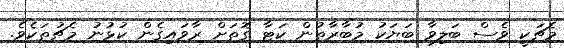
މެޗަކީ ވެސް ބަލިވާ ބަޔަކު މުބާރާތުން ކަޓާ ގޮތަށް ރާވައިގެން ކުޅުނު މެޗުތަކެވެ.